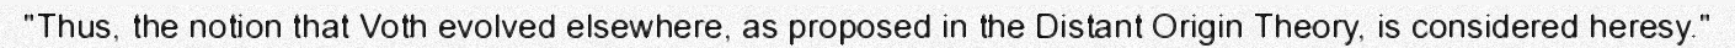
"Thus, the notion that Voth evolved elsewhere, as proposed in the Distant Origin Theory, is considered heresy."